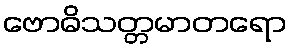
ဗောဓိသတ္တမာတရော